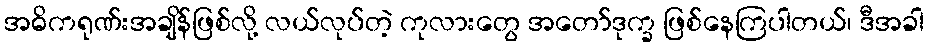
အဓိကရုဏ်းအချိန်ဖြစ်လို့ လယ်လုပ်တဲ့ ကုလားတွေ အတော်ဒုက္ခ ဖြစ်နေကြပါတယ်၊ ဒီအခါ